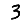
Digit: 3